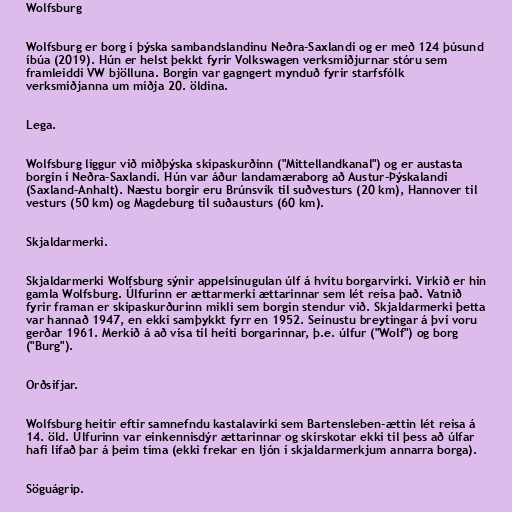
Wolfsburg

Wolfsburg er borg í þýska sambandslandinu Neðra-Saxlandi og er með 124 þúsund
íbúa (2019). Hún er helst þekkt fyrir Volkswagen verksmiðjurnar stóru sem
framleiddi VW bjölluna. Borgin var gagngert mynduð fyrir starfsfólk
verksmiðjanna um miðja 20. öldina.

Lega.

Wolfsburg liggur við miðþýska skipaskurðinn ("Mittellandkanal") og er austasta
borgin í Neðra-Saxlandi. Hún var áður landamæraborg að Austur-Þýskalandi
(Saxland-Anhalt). Næstu borgir eru Brúnsvík til suðvesturs (20 km), Hannover til
vesturs (50 km) og Magdeburg til suðausturs (60 km).

Skjaldarmerki.

Skjaldarmerki Wolfsburg sýnir appelsínugulan úlf á hvítu borgarvirki. Virkið er hin
gamla Wolfsburg. Úlfurinn er ættarmerki ættarinnar sem lét reisa það. Vatnið
fyrir framan er skipaskurðurinn mikli sem borgin stendur við. Skjaldarmerki þetta
var hannað 1947, en ekki samþykkt fyrr en 1952. Seinustu breytingar á því voru
gerðar 1961. Merkið á að vísa til heiti borgarinnar, þ.e. úlfur ("Wolf") og borg
("Burg").

Orðsifjar.

Wolfsburg heitir eftir samnefndu kastalavirki sem Bartensleben-ættin lét reisa á
14. öld. Úlfurinn var einkennisdýr ættarinnar og skírskotar ekki til þess að úlfar
hafi lifað þar á þeim tíma (ekki frekar en ljón í skjaldarmerkjum annarra borga).

Söguágrip.